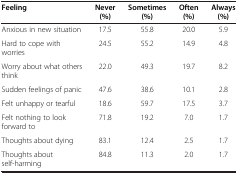
| Feeling | Never (%) | Sometimes (%) | Often (%) | Always (%) |
 | --- | --- | --- | --- | --- |
 | Anxious in new situation | 17.5 | 55.8 | 20.0 | 5.9 |
 | Hard to cope with worries | 24.5 | 55.2 | 14.9 | 4.8 |
 | Worry about what others think | 22.0 | 49.3 | 19.7 | 8.2 |
 | Sudden feelings of panic | 47.6 | 38.6 | 10.1 | 2.8 |
 | Felt unhappy or tearful | 18.6 | 59.7 | 17.5 | 3.7 |
 | Felt nothing to look forward to | 71.8 | 19.2 | 7.0 | 1.7 |
 | Thoughts about dying | 83.1 | 12.4 | 2.5 | 1.7 |
 | Thoughts about self-harming | 84.8 | 11.3 | 2.0 | 1.7 |